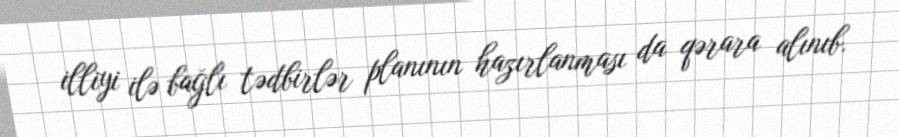
illiyi ilə bağlı tədbirlər planının hazırlanması da qərara alınıb.